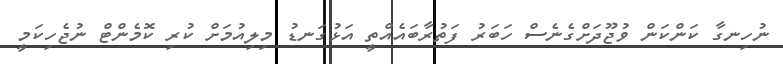
ނުހިނގާ ކަންކަން ވުޖޫދަށްގެނެސް ހަބަރު ފަތުރާބައެއްތީ އަޅުގަނޑު މިލިއުމަށް ކުރި ކޮމެންޓް ނުޖެހިކަމީ